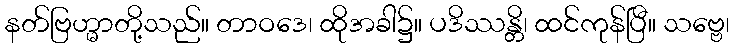
နတ်ဗြဟ္မာတို့သည်။ တာဝဒေ၊ ထိုအခါ၌။ ပဒိဿန္တိ၊ ထင်ကုန်ပြီ။ သဗ္ဗေ၊